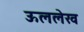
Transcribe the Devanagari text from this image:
ऊललेख